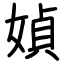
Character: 媜